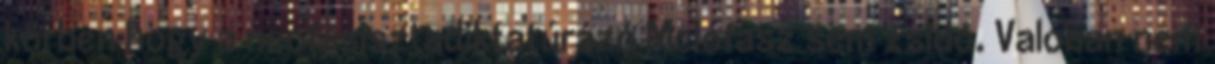
körben hogy a neofasisztadiktatúrázó Mclófasz sem zsidó. Valóban nem